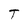
Character: T